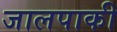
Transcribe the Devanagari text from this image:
जालपाकी